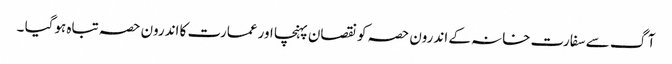
آگ سے سفارت خانہ کے اندرون حصہ کو نقصان پہنچا اور عمارت کا اندرون حصہ تباہ ہوگیا ۔